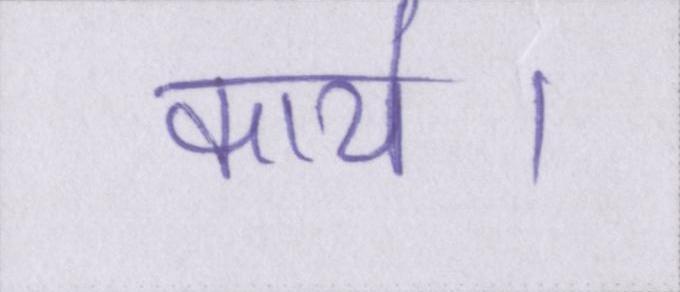
कार्य।